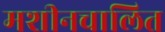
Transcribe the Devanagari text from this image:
मशीनचालित